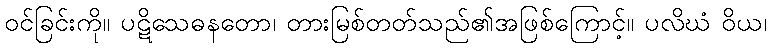
ဝင်ခြင်းကို။ ပဋိသေဓနတော၊ တားမြစ်တတ်သည်၏အဖြစ်ကြောင့်။ ပလိဃံ ဝိယ၊